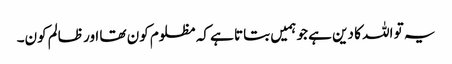
یہ تو اللہ کا دین ہے جو ہمیں بتاتا ہے کہ مظلوم کون تھا اور ظالم کون۔